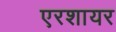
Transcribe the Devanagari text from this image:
एरशायर